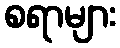
စရာများ